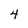
Character: 4